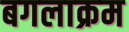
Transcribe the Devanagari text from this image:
बगलाक्रम